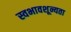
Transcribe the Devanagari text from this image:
स्वभावशून्यता